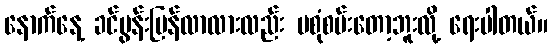
နောက်နေ့ ခင်ပွန်းပြန်လာလားလည်း မစုံစမ်းတော့ဘူးလို့ ရေးပါတယ်။